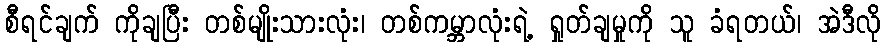
စီရင်ချက် ကိုချပြီး တစ်မျိုးသားလုံး၊ တစ်ကမ္ဘာလုံးရဲ့ ရှုတ်ချမှုကို သူ ခံရတယ်၊ အဲဒီလို